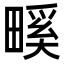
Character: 𤲺